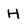
Character: H